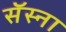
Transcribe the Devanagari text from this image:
सॅस्ना